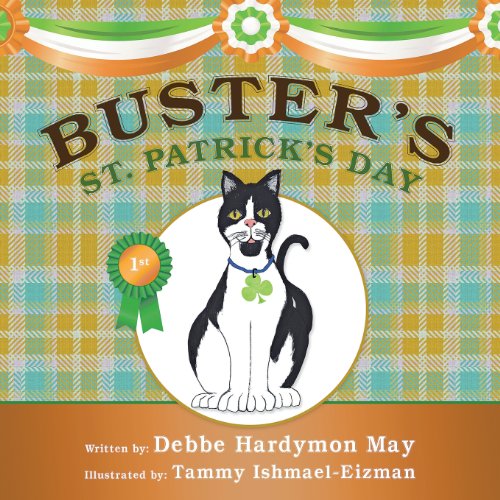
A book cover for Buster's St. Patrick's Day; Debbe Hardymon May; Children's Books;